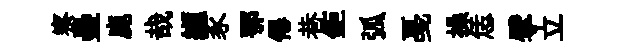
察壘鹿哉纈豕鄂僊巷鉅弧戞操恁擘立